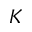
K